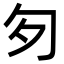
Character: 匇